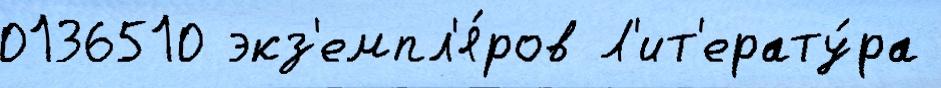
0136510 экз'емпл'я́ров Л'ит'ерату́ра